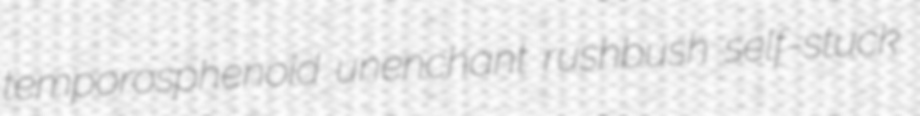
temporosphenoid unenchant rushbush self-stuck